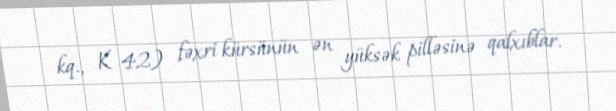
kq., K 42) fəxri kürsünün ən yüksək pilləsinə qalxıblar.